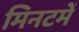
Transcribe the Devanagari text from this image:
मिनटमें